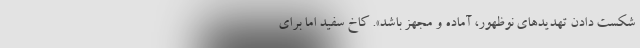
شکست دادن تهدیدهای نوظهور، آماده و مجهز باشد». کاخ سفید اما برای